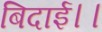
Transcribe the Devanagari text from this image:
बिदाई।।